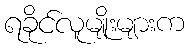
ရခိုင်လူမျိုးများက